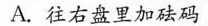
A.往右盘里加砝码